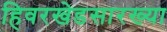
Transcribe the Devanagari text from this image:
हिवरखेडसारख्या